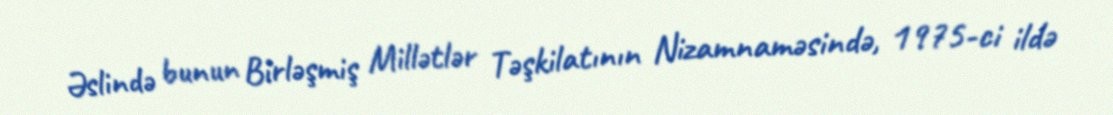
Əslində bunun Birləşmiş Millətlər Təşkilatının Nizamnaməsində, 1975-ci ildə